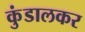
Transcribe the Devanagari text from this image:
कुंडालकर